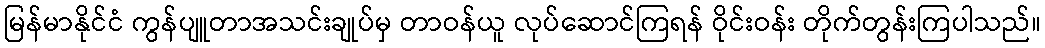
မြန်မာနိုင်ငံ ကွန်ပျူတာအသင်းချုပ်မှ တာဝန်ယူ လုပ်ဆောင်ကြရန် ဝိုင်းဝန်း တိုက်တွန်းကြပါသည်။